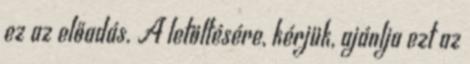
ez az előadás. A letöltésére, kérjük, ajánlja ezt az